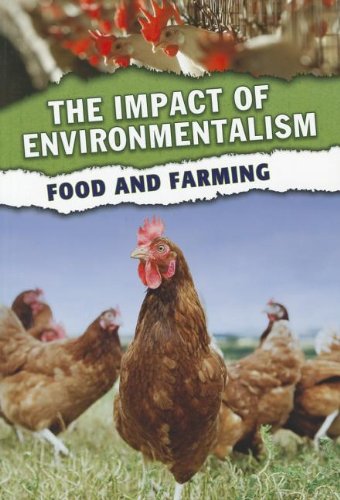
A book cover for Food and Farming (The Impact of Environmentalism); Jen Green; Children's Books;